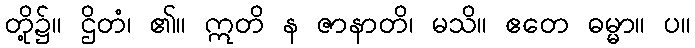
တို့၌။ ဌိတံ၊ ၏။ ဣတိ န ဇာနာတိ၊ မသိ။ ဧတေ ဓမ္မာ။ ပ။